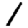
Digit: 1